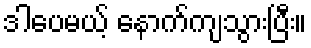
ဒါပေမယ့် နောက်ကျသွားပြီး။